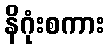
နိဂုံးစကား